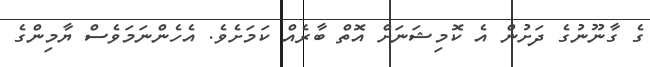
ގެ ގާނޫނުުގެ ދަށުން އެ ކޮމިޝަނަށް އޮތް ބާރެއް ކަމަށެވެ. އެހެންނަމަވެސް ޔާމިންގެ